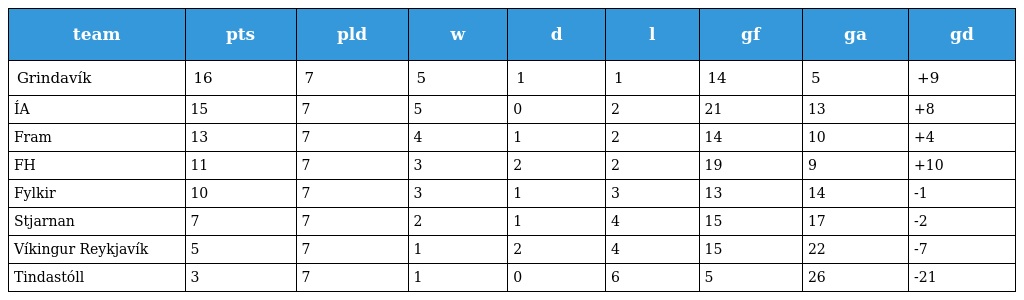
| team | pts | pld | w | d | l | gf | ga | gd |
 | --- | --- | --- | --- | --- | --- | --- | --- | --- |
 | Grindavík | 16 | 7 | 5 | 1 | 1 | 14 | 5 | +9 |
 | ÍA | 15 | 7 | 5 | 0 | 2 | 21 | 13 | +8 |
 | Fram | 13 | 7 | 4 | 1 | 2 | 14 | 10 | +4 |
 | FH | 11 | 7 | 3 | 2 | 2 | 19 | 9 | +10 |
 | Fylkir | 10 | 7 | 3 | 1 | 3 | 13 | 14 | -1 |
 | Stjarnan | 7 | 7 | 2 | 1 | 4 | 15 | 17 | -2 |
 | Víkingur Reykjavík | 5 | 7 | 1 | 2 | 4 | 15 | 22 | -7 |
 | Tindastóll | 3 | 7 | 1 | 0 | 6 | 5 | 26 | -21 |